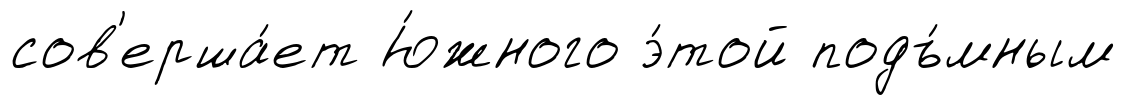
сов'ерша́ет Ю́жного э́той подъ́мным